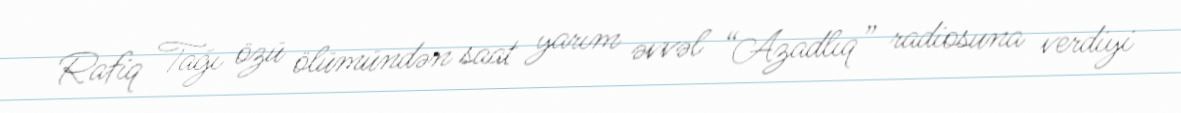
Rafiq Tağı özü ölümündən saat yarım əvvəl “Azadlıq” radiosuna verdiyi